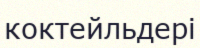
коктейльдері